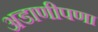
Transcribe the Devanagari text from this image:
अडाणीपणा